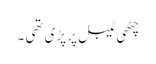
چٹھی ٹیبل پر پڑی تھی ۔